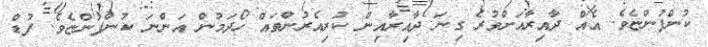
ކުންފުންޏެވެ. އެއް ދާއިރާއަށްވުރެ ގިނަ ދާއިރާއިން ކުރިއެރުންތައް ހޯދަމުން އަންނަ ކުންފުންޏެވެ. ފުޑް